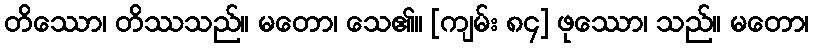
တိဿော၊ တိဿသည်။ မတော၊ သေ၏။ [ကျမ်း ၈၄] ဖုဿော၊ သည်။ မတော၊